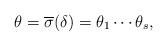
LaTeX: \begin{align*}\theta=\overline{\sigma}(\delta)=\theta_1 \cdots \theta_s, \end{align*}